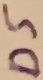
Text: D5